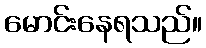
မောင်းနေရသည်။